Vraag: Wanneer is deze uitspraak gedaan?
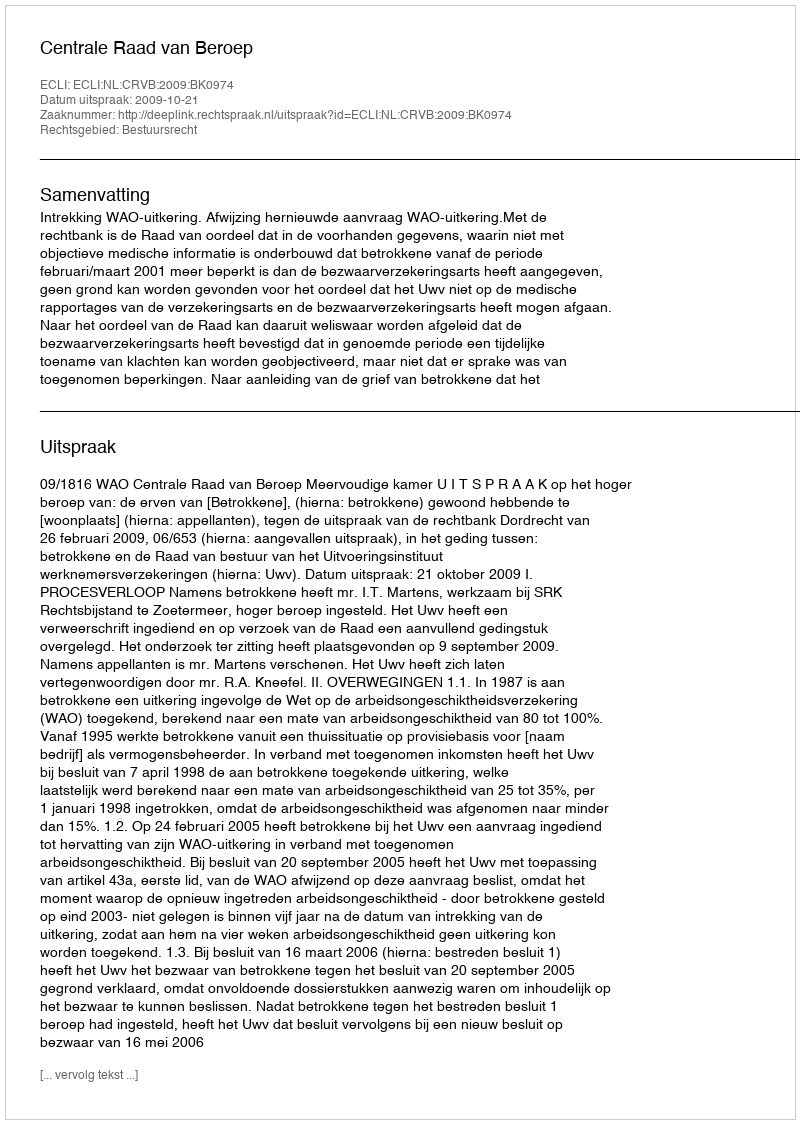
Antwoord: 2009-10-21